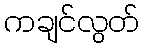
ကချင်လွတ်